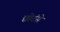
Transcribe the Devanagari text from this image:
छोटंसे